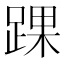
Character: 踝